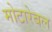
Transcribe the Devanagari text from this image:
मोटारेबल